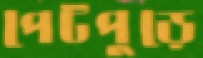
পেটপুড়ে